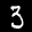
Label: 3